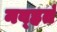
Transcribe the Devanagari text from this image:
नव्‍हतं